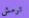
ترمش